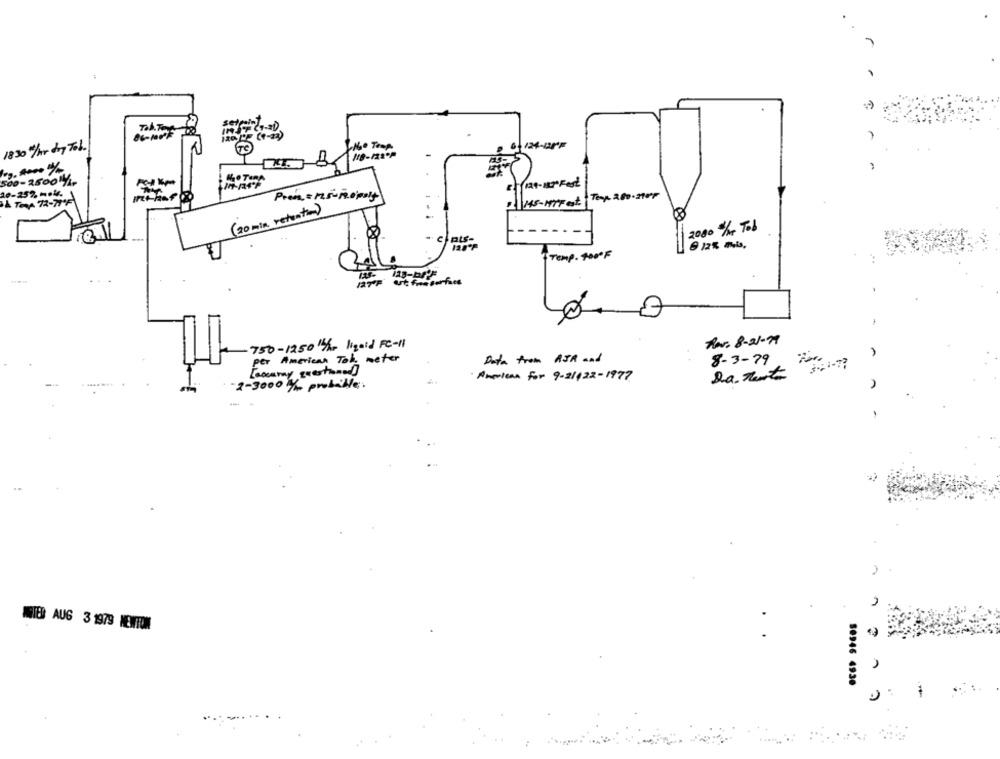
1830#/hr dry Tob.
60 Trop
500-2500 -
10-25% m.k.
Pren= 125- 10poly
Temp. 280-2904
& TOSA 72-71'F
145-HTF est
( 20 min. retention)
2000 /r Tob
6 12% mis,
Temp. 400ºF
Rav. 8-21-79
750-1250 16/hr Ngold FC-11
per
American Tok meter
Data from AJR and
8-3-79
[accuray questioned]
·American For 9-21/22-1977
2-3000 / probable.
MITED AUG 3 1979 NEWTON
50946 4938